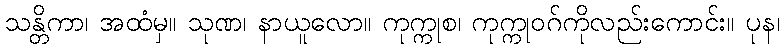
သန္တိကာ၊ အထံမှ။ သုဏ၊ နာယူလော။ ကုက္ကုစ၊ ကုက္ကုဝဂ်ကိုလည်းကောင်း။ ပုန၊